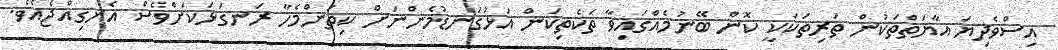
އިސްވެދިޔަ އާޔަތްތަކުން ތަރިތަކަކީ ކޮން ބޭނުމެއްގައިވާ ތަކެތިކަން އަޅުގަނޑުމެންނަށް ކިތަންމެހާ ރަނގަޅަކަށްވެސް އެނގިއްޖެއެވެ.